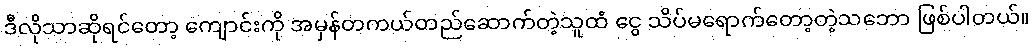
ဒီလိုသာဆိုရင်တော့ ကျောင်းကို အမှန်တကယ်တည်ဆောက်တဲ့သူထံ ငွေ သိပ်မရောက်တော့တဲ့သဘော ဖြစ်ပါတယ်။